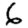
Digit: 6